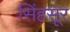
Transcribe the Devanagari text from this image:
सिंहसूर